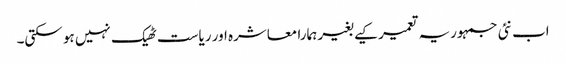
اب نئی جمہوریہ تعمیر کیے بغیر ہمارا معاشرہ اور ریاست ٹھیک نہیں ہو سکتی۔